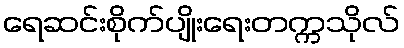
ရေဆင်းစိုက်ပျိုးရေးတက္ကသိုလ်